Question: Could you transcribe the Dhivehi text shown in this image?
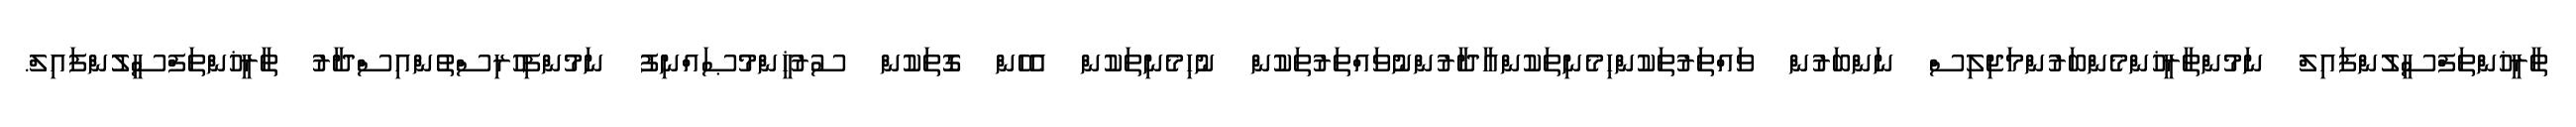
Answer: ތާރީޚުންތަފްސީލުންފައިލް ނަމުންތާރީޚުންމެންބަރުންމަޖިލިސް ނަންބަރުން ވައްތަރުތަކުންހިމެނިތަކުންއާދާރުންނުވައްތަރުތަކުން ނުހިމެނިތަކުން އެހެން ގޮތަކުން ސުރުޚީންމުޞައްނިފު ނަމުންފިހުރިސްތުންއިސްދާރު ތާރީޚުންތަފްސީލުންފައިލް.